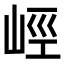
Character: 𡷨